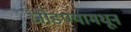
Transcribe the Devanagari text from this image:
जोडण्यामधून